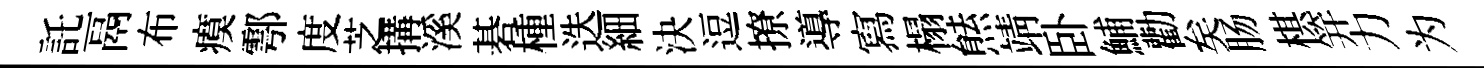
託鬲布瘼鄠度芝搆溪碁㮔迭細決逗撩導寫榻㷱靖卧鯆勸矣肠棋笄力为